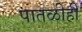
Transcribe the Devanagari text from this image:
पातळीही